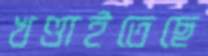
খণ্ডাইতেছে